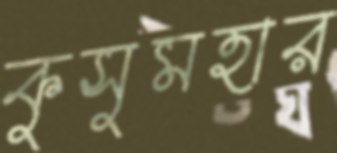
কুসুমহার